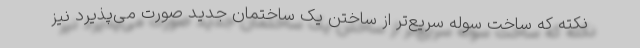
نکته که ساخت سوله سریع‌تر از ساختن یک ساختمان جدید صورت می‌پذیرد نیز